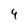
Character: 4